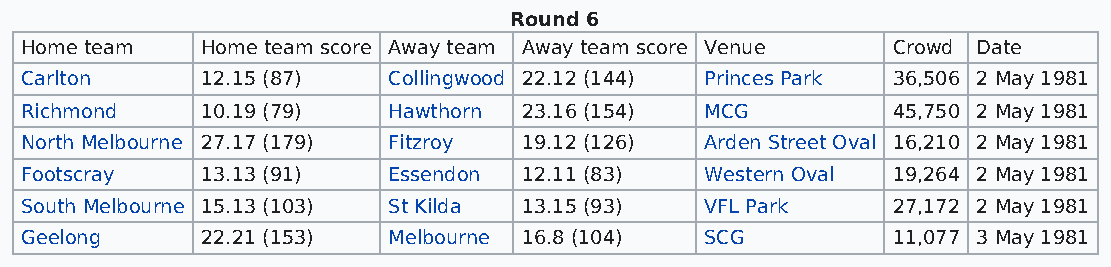
Round 6
 Home team   Home team score Away team Away team score Venue Crowd Date
 Carlton     12.15 (87)   Collingwood 22.12 (144) Princes Park 36,506 2 May 1981
 Richmond    10.19 (79)   Hawthorn 23.16 (154) MCG         45,750 2 May 1981
 North Melbourne 27.17 (179) Fitzroy 19.12 (126) Arden Street Oval 16,210 2 May 1981
 Footscray   13.13 (91)   Essendon 12.11 (83)  Western Oval 19,264 2 May 1981
 South Melbourne 15.13 (103) St Kilda 13.15 (93) VFL Park  27,172 2 May 1981
 Geelong     22.21 (153)  Melbourne 16.8 (104) SCG         11,077 3 May 1981